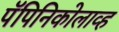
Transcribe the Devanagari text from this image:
पॅपिनिकोलाव्ह